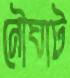
নৌঘাট